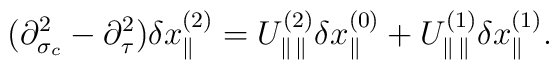
(\partial^2_{\sigma_c}-\partial^2_\tau)\delta x^{(2)}_\parallel=U^{(2)}_{\parallel\hspace*{.5mm}\parallel}\delta x^{(0)}_\parallel+U^{(1)}_{\parallel\hspace*{.5mm}\parallel}\delta x^{(1)}_\parallel.